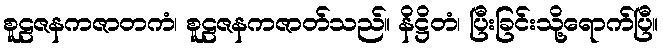
စူဠဇနကဇာတကံ၊ စူဠဇနကဇာတ်သည်။ နိဋ္ဌိတံ၊ ပြီးခြင်းသို့ရောက်ပြီ။